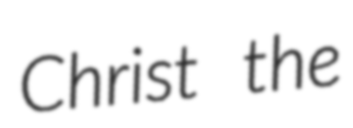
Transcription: Christ the